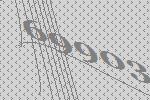
69903